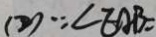
( 2 ) \because \angle E A B =